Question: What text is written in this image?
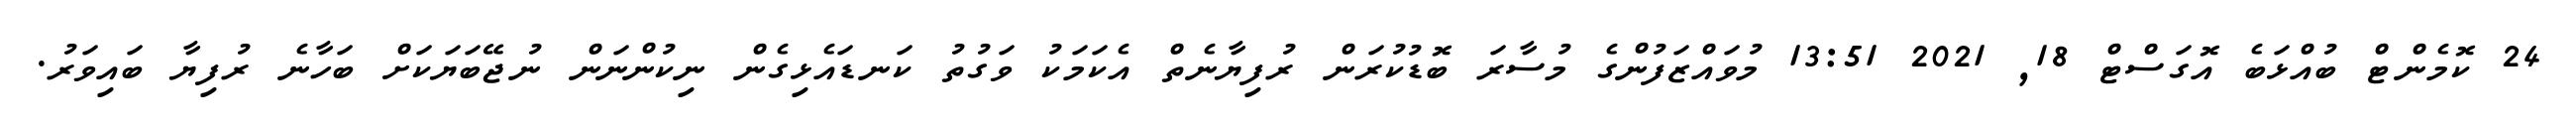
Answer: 24 ކޮމެންޓް ބުއްޅަބެ އޮގަސްޓް 18, 2021 13:51 މުވައްޒަފުންގެ މުސާރަ ބޮޑުކުރަން ރުފިޔާނެތް އެކަމަކު ވަގުތު ކަނޑައެޅިގެން ނިކުންނަން ނުޖޭބަޔަކަށް ބަހާނެ ރުފިޔާ ބައިވަރު.